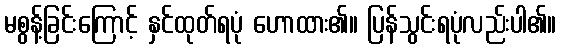
မစွန့်ခြင်းကြောင့် နှင်ထုတ်ရပုံ ဟောထား၏။ ပြန်သွင်းရပုံလည်းပါ၏။